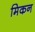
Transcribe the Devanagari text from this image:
मिकन